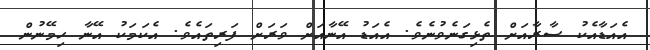
އެއަޑާއެކު ސާރާއަށް ތެޅިގަނެވުނެވެ. އެއަޑު އޭނާއަށް ވަރަށް ފަރިތައެވެ. އެކަމަކު އޭނާ ހިމޭނުން